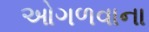
ઓગળવાના